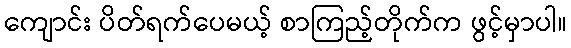
ကျောင်း ပိတ်ရက်ပေမယ့် စာကြည့်တိုက်က ဖွင့်မှာပါ။